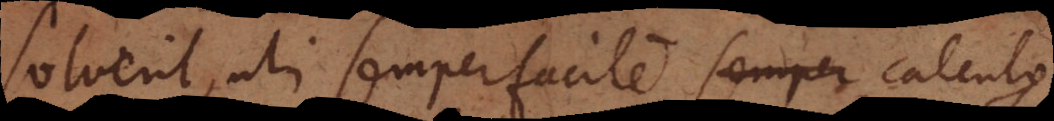
solverit, uti semper facile semper calculo